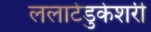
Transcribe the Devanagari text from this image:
ललाटेडुकेशरी